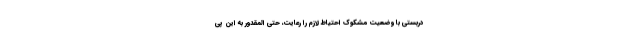
دربستی با وضعیت مشکوک احتیاط لازم را رعایت، حتی المقدور به این پی